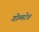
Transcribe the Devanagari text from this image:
गोम्मटेश